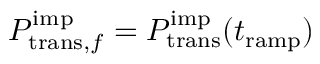
P _ { \mathrm { t r a n s } , f } ^ { \mathrm { i m p } } = P _ { \mathrm { t r a n s } } ^ { \mathrm { i m p } } ( t _ { \mathrm { r a m p } } )